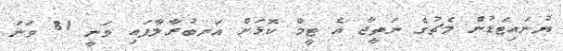
ޔުނައިޓެޑުން މެޗުގެ ނަތީޖާ އެ ޓީމް ކޮޅަށް އަނބުރާލާފައި ވަނީ 81 ވަނަ